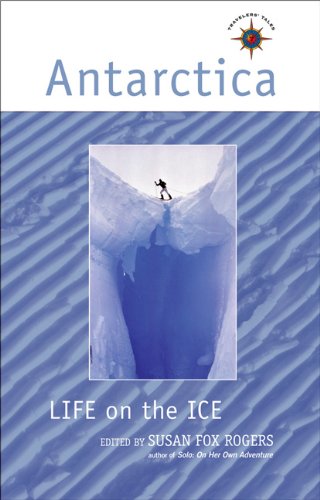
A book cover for Antarctica: Life on the Ice (Travelers' Tales Guides); Travel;